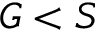
G < S